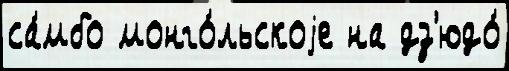
са́мбо монго́льскоjе на дз'юдо́